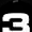
Digit: 3